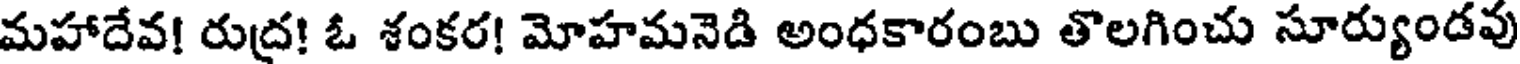
మహాదేవ! రుద్ర! ఓ శంకర! మోహమనెడి అంధకారంబు తొలగించు సూర్యుండవు